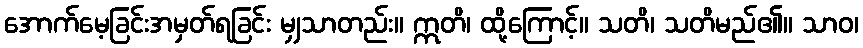
အောက်မေ့ခြင်းအမှတ်ရခြင်း မျှသာတည်း။ ဣတိ၊ ထို့ကြောင့်။ သတိ၊ သတိမည်၏။ သာဝ၊